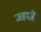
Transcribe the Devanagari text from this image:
जहाज़ें